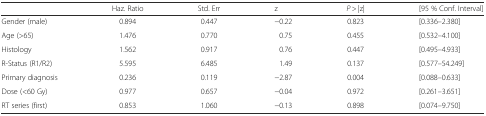
|  | Haz. Ratio | Std. Err | z | P > |z| | [95 % Conf. Interval] |
 | --- | --- | --- | --- | --- | --- |
 | Gender (male) | 0.894 | 0.447 | −0.22 | 0.823 | [0.336–2.380] |
 | Age (>65) | 1.476 | 0.770 | 0.75 | 0.455 | [0.532–4.100] |
 | Histology | 1.562 | 0.917 | 0.76 | 0.447 | [0.495–4.933] |
 | R-Status (R1/R2) | 5.595 | 6.485 | 1.49 | 0.137 | [0.577–54.249] |
 | Primary diagnosis | 0.236 | 0.119 | −2.87 | 0.004 | [0.088–0.633] |
 | Dose (<60 Gy) | 0.977 | 0.657 | −0.04 | 0.972 | [0.261–3.651] |
 | RT series (first) | 0.853 | 1.060 | −0.13 | 0.898 | [0.074–9.750] |